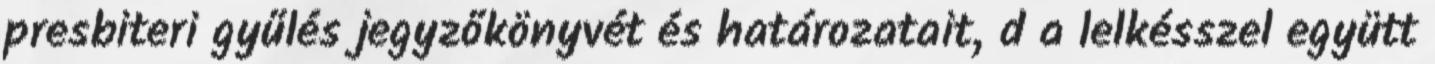
presbiteri gyűlés jegyzőkönyvét és határozatait, d a lelkésszel együtt